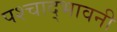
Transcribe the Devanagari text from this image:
पश्चाद्भावनी